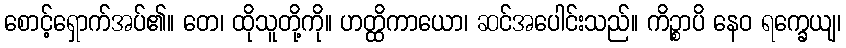
စောင့်ရှောက်အပ်၏။ တေ၊ ထိုသူတို့ကို။ ဟတ္ထိကာယော၊ ဆင်အပေါင်းသည်။ ကိဉ္စာပိ နေဝ ရက္ခေယျ၊